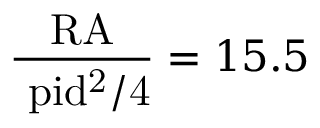
\mathrm { \frac { R A } { \ p i d ^ { 2 } / 4 } } = 1 5 . 5